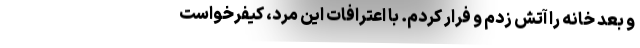
و بعد خانه را آتش زدم و فرار کردم. با اعترافات این مرد، کیفرخواست